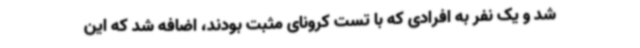
شد و یک نفر به افرادی که با تست کرونای مثبت بودند، اضافه شد که این